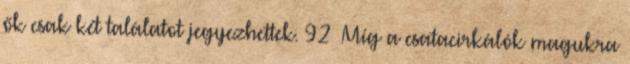
ők csak két találatot jegyezhettek. 92 Míg a csatacirkálók magukra